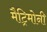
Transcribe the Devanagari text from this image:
मैट्रिमोनी